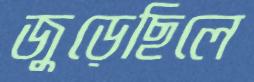
জুড়েছিলে